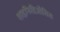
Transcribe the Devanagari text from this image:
शाइफिडिऑसिस